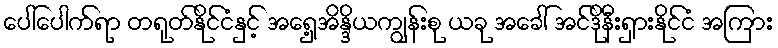
ပေါ်ပေါက်ရာ တရုတ်နိုင်ငံနှင့် အရှေ့အိန္ဒိယကျွန်းစု ယခု အခေါ် အင်ဒိုနီးရှားနိုင်ငံ အကြား